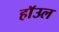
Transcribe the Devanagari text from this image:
हाॅउल